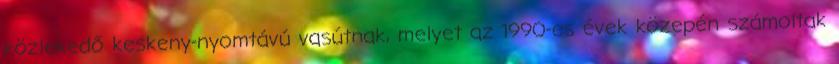
közlekedő keskeny-nyomtávú vasútnak, melyet az 1990-es évek közepén számoltak